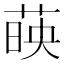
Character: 𦴤